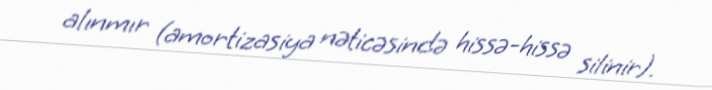
alınmır (amortizasiya nəticəsində hissə-hissə silinir).